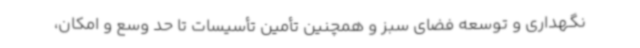
نگهداری و توسعه فضای سبز و همچنین تأمین تأسیسات تا حد وسع و امکان،